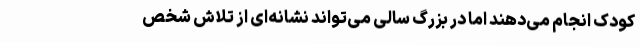
کودک انجام می‌دهند اما در بزرگ سالی می‌تواند نشانه‌ای از تلاش شخص